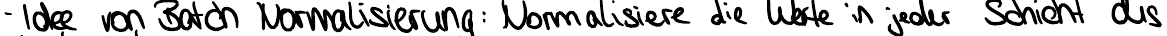
- Idee von Batch Normalisierung: Normalisiere die Werte in jeder Schicht das